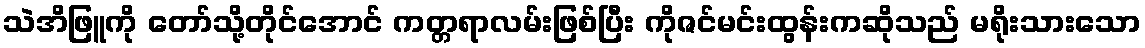
သဲအိဖြူကို တော်သို့တိုင်အောင် ကတ္တရာလမ်းဖြစ်ပြီး ကိုဇင်မင်းထွန်းကဆိုသည် မရိုးသားသော